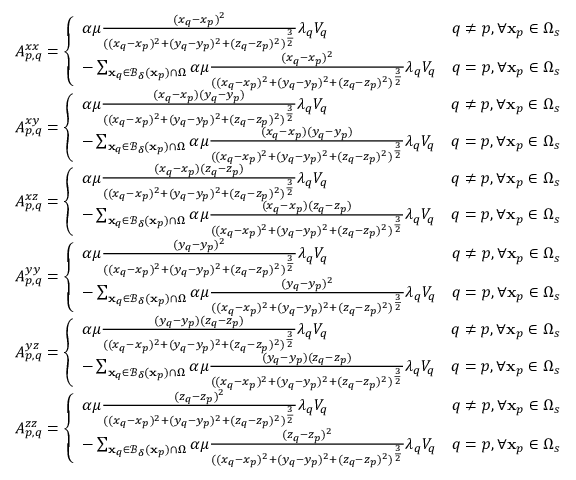
\begin{array} { r l } & { A _ { p , q } ^ { x x } = \left\{ \begin{array} { l l } { \alpha \mu \frac { ( x _ { q } - x _ { p } ) ^ { 2 } } { ( ( x _ { q } - x _ { p } ) ^ { 2 } + ( y _ { q } - y _ { p } ) ^ { 2 } + ( z _ { q } - z _ { p } ) ^ { 2 } ) ^ { \frac { 3 } { 2 } } } \lambda _ { q } V _ { q } } & { q \neq p , \forall \mathbf { x } _ { p } \in \Omega _ { s } } \\ { - \sum _ { \mathbf { x } _ { q } \in \mathcal { B _ { \delta } } ( \mathbf { x } _ { p } ) \cap \Omega } \alpha \mu \frac { ( x _ { q } - x _ { p } ) ^ { 2 } } { ( ( x _ { q } - x _ { p } ) ^ { 2 } + ( y _ { q } - y _ { p } ) ^ { 2 } + ( z _ { q } - z _ { p } ) ^ { 2 } ) ^ { \frac { 3 } { 2 } } } \lambda _ { q } V _ { q } } & { q = p , \forall \mathbf { x } _ { p } \in \Omega _ { s } } \end{array} \right. } \\ & { A _ { p , q } ^ { x y } = \left\{ \begin{array} { l l } { \alpha \mu \frac { ( x _ { q } - x _ { p } ) ( y _ { q } - y _ { p } ) } { ( ( x _ { q } - x _ { p } ) ^ { 2 } + ( y _ { q } - y _ { p } ) ^ { 2 } + ( z _ { q } - z _ { p } ) ^ { 2 } ) ^ { \frac { 3 } { 2 } } } \lambda _ { q } V _ { q } } & { q \neq p , \forall \mathbf { x } _ { p } \in \Omega _ { s } } \\ { - \sum _ { \mathbf { x } _ { q } \in \mathcal { B _ { \delta } } ( \mathbf { x } _ { p } ) \cap \Omega } \alpha \mu \frac { ( x _ { q } - x _ { p } ) ( y _ { q } - y _ { p } ) } { ( ( x _ { q } - x _ { p } ) ^ { 2 } + ( y _ { q } - y _ { p } ) ^ { 2 } + ( z _ { q } - z _ { p } ) ^ { 2 } ) ^ { \frac { 3 } { 2 } } } \lambda _ { q } V _ { q } } & { q = p , \forall \mathbf { x } _ { p } \in \Omega _ { s } } \end{array} \right. } \\ & { A _ { p , q } ^ { x z } = \left\{ \begin{array} { l l } { \alpha \mu \frac { ( x _ { q } - x _ { p } ) ( z _ { q } - z _ { p } ) } { ( ( x _ { q } - x _ { p } ) ^ { 2 } + ( y _ { q } - y _ { p } ) ^ { 2 } + ( z _ { q } - z _ { p } ) ^ { 2 } ) ^ { \frac { 3 } { 2 } } } \lambda _ { q } V _ { q } } & { q \neq p , \forall \mathbf { x } _ { p } \in \Omega _ { s } } \\ { - \sum _ { \mathbf { x } _ { q } \in \mathcal { B _ { \delta } } ( \mathbf { x } _ { p } ) \cap \Omega } \alpha \mu \frac { ( x _ { q } - x _ { p } ) ( z _ { q } - z _ { p } ) } { ( ( x _ { q } - x _ { p } ) ^ { 2 } + ( y _ { q } - y _ { p } ) ^ { 2 } + ( z _ { q } - z _ { p } ) ^ { 2 } ) ^ { \frac { 3 } { 2 } } } \lambda _ { q } V _ { q } } & { q = p , \forall \mathbf { x } _ { p } \in \Omega _ { s } } \end{array} \right. } \\ & { A _ { p , q } ^ { y y } = \left\{ \begin{array} { l l } { \alpha \mu \frac { ( y _ { q } - y _ { p } ) ^ { 2 } } { ( ( x _ { q } - x _ { p } ) ^ { 2 } + ( y _ { q } - y _ { p } ) ^ { 2 } + ( z _ { q } - z _ { p } ) ^ { 2 } ) ^ { \frac { 3 } { 2 } } } \lambda _ { q } V _ { q } } & { q \neq p , \forall \mathbf { x } _ { p } \in \Omega _ { s } } \\ { - \sum _ { \mathbf { x } _ { q } \in \mathcal { B _ { \delta } } ( \mathbf { x } _ { p } ) \cap \Omega } \alpha \mu \frac { ( y _ { q } - y _ { p } ) ^ { 2 } } { ( ( x _ { q } - x _ { p } ) ^ { 2 } + ( y _ { q } - y _ { p } ) ^ { 2 } + ( z _ { q } - z _ { p } ) ^ { 2 } ) ^ { \frac { 3 } { 2 } } } \lambda _ { q } V _ { q } } & { q = p , \forall \mathbf { x } _ { p } \in \Omega _ { s } } \end{array} \right. } \\ & { A _ { p , q } ^ { y z } = \left\{ \begin{array} { l l } { \alpha \mu \frac { ( y _ { q } - y _ { p } ) ( z _ { q } - z _ { p } ) } { ( ( x _ { q } - x _ { p } ) ^ { 2 } + ( y _ { q } - y _ { p } ) ^ { 2 } + ( z _ { q } - z _ { p } ) ^ { 2 } ) ^ { \frac { 3 } { 2 } } } \lambda _ { q } V _ { q } } & { q \neq p , \forall \mathbf { x } _ { p } \in \Omega _ { s } } \\ { - \sum _ { \mathbf { x } _ { q } \in \mathcal { B _ { \delta } } ( \mathbf { x } _ { p } ) \cap \Omega } \alpha \mu \frac { ( y _ { q } - y _ { p } ) ( z _ { q } - z _ { p } ) } { ( ( x _ { q } - x _ { p } ) ^ { 2 } + ( y _ { q } - y _ { p } ) ^ { 2 } + ( z _ { q } - z _ { p } ) ^ { 2 } ) ^ { \frac { 3 } { 2 } } } \lambda _ { q } V _ { q } } & { q = p , \forall \mathbf { x } _ { p } \in \Omega _ { s } } \end{array} \right. } \\ & { A _ { p , q } ^ { z z } = \left\{ \begin{array} { l l } { \alpha \mu \frac { ( z _ { q } - z _ { p } ) ^ { 2 } } { ( ( x _ { q } - x _ { p } ) ^ { 2 } + ( y _ { q } - y _ { p } ) ^ { 2 } + ( z _ { q } - z _ { p } ) ^ { 2 } ) ^ { \frac { 3 } { 2 } } } \lambda _ { q } V _ { q } } & { q \neq p , \forall \mathbf { x } _ { p } \in \Omega _ { s } } \\ { - \sum _ { \mathbf { x } _ { q } \in \mathcal { B _ { \delta } } ( \mathbf { x } _ { p } ) \cap \Omega } \alpha \mu \frac { ( z _ { q } - z _ { p } ) ^ { 2 } } { ( ( x _ { q } - x _ { p } ) ^ { 2 } + ( y _ { q } - y _ { p } ) ^ { 2 } + ( z _ { q } - z _ { p } ) ^ { 2 } ) ^ { \frac { 3 } { 2 } } } \lambda _ { q } V _ { q } } & { q = p , \forall \mathbf { x } _ { p } \in \Omega _ { s } } \end{array} \right. } \end{array}